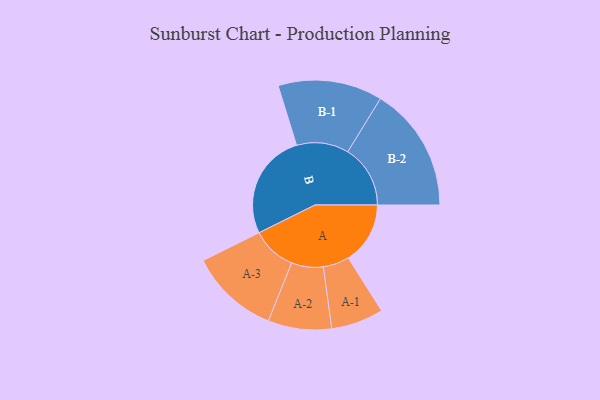
{"axis": {"x": "Segment", "y": "Value"}, "legend": ["", "A", "B"], "data": [{"x": "A", "y": 269, "type": ""}, {"x": "B", "y": 462, "type": ""}, {"x": "A-1", "y": 114, "type": "A"}, {"x": "A-2", "y": 138, "type": "A"}, {"x": "A-3", "y": 194, "type": "A"}, {"x": "B-1", "y": 227, "type": "B"}, {"x": "B-2", "y": 272, "type": "B"}]}